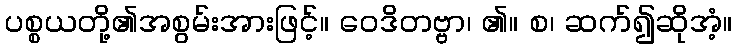
ပစ္စယတို့၏အစွမ်းအားဖြင့်။ ဝေဒိတဗ္ဗာ၊ ၏။ စ၊ ဆက်၍ဆိုအံ့။